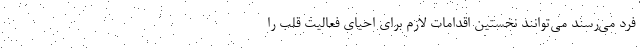
فرد می‌رسند می‌توانند نخستین اقدامات لازم برای احیای فعالیت قلب را